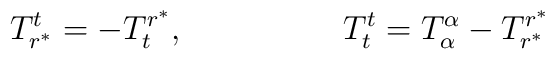
T^{t}_{r^{\ast}}=-T^{r^{\ast}}_{t},         \hspace{2cm}  T^{t}_{t}=T^{\alpha}_{\alpha}-T^{r^{\ast}}_{r^{\ast}}